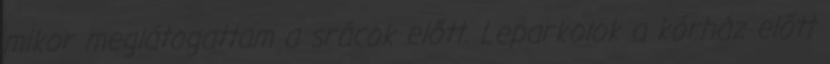
mikor meglátogattam a srácok előtt. Leparkolok a kórház előtt